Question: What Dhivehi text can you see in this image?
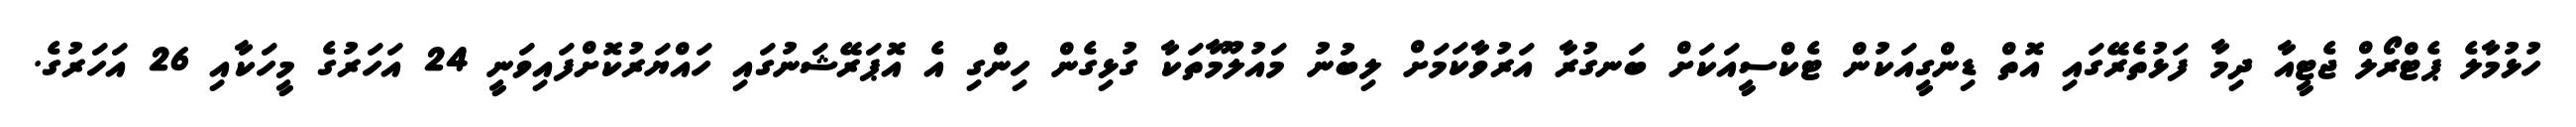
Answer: ހުޅުމާލެ ޕެޓްރޯލް ޖެޓީއާ ދިމާ ފަޅުތެރޭގައި އޮތް ޑިންގީއަކުން ޓެކްސީއަކަށް ބަނގުރާ އަރުވާކަމަށް ލިބުނު މައުލޫމާތަކާ ގުޅިގެން ހިންގި އެ އޮޕަރޭޝަނުގައި ހައްޔަރުކޮށްފައިވަނީ 24 އަހަރުގެ މީހަކާއި 26 އަހަރުގެ.